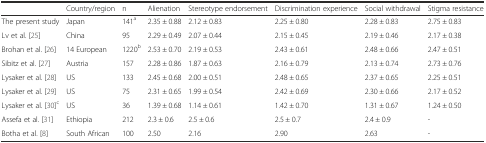
<table><thead><tr><td></td><td><b>Country/region</b></td><td><b>n</b></td><td><b>Alienation</b></td><td><b>Stereotype endorsement</b></td><td><b>Discrimination experience</b></td><td><b>Social withdrawal</b></td><td><b>Stigma resistance</b></td></tr></thead><tbody><tr><td>The present study</td><td>Japan</td><td>141<sup>a</sup></td><td>2.35 ± 0.88</td><td>2.12 ± 0.83</td><td>2.25 ± 0.80</td><td>2.28 ± 0.83</td><td>2.75 ± 0.83</td></tr><tr><td>Lv et al. [25]</td><td>China</td><td>95</td><td>2.29 ± 0.49</td><td>2.07 ± 0.44</td><td>2.15 ± 0.45</td><td>2.19 ± 0.46</td><td>2.17 ± 0.38</td></tr><tr><td>Brohan et al. [26]</td><td>14 European</td><td>1220<sup>b</sup></td><td>2.53 ± 0.70</td><td>2.19 ± 0.53</td><td>2.43 ± 0.61</td><td>2.48 ± 0.66</td><td>2.47 ± 0.51</td></tr><tr><td>Sibitz et al. [27]</td><td>Austria</td><td>157</td><td>2.28 ± 0.86</td><td>1.87 ± 0.63</td><td>2.16 ± 0.79</td><td>2.13 ± 0.74</td><td>2.73 ± 0.76</td></tr><tr><td>Lysaker et al. [28]</td><td>US</td><td>133</td><td>2.45 ± 0.68</td><td>2.00 ± 0.51</td><td>2.48 ± 0.65</td><td>2.37 ± 0.65</td><td>2.25 ± 0.51</td></tr><tr><td>Lysaker et al. [29]</td><td>US</td><td>75</td><td>2.31 ± 0.65</td><td>1.99 ± 0.54</td><td>2.42 ± 0.69</td><td>2.30 ± 0.66</td><td>2.17 ± 0.52</td></tr><tr><td>Lysaker et al. [30]<sup>c</sup></td><td>US</td><td>36</td><td>1.39 ± 0.68</td><td>1.14 ± 0.61</td><td>1.42 ± 0.70</td><td>1.31 ± 0.67</td><td>1.24 ± 0.50</td></tr><tr><td>Assefa et al. [31]</td><td>Ethiopia</td><td>212</td><td>2.3 ± 0.6</td><td>2.5 ± 0.6</td><td>2.5 ± 0.7</td><td>2.4 ± 0.9</td><td>-</td></tr><tr><td>Botha et al. [8]</td><td>South African</td><td>100</td><td>2.50</td><td>2.16</td><td>2.90</td><td>2.63</td><td>-</td></tr></tbody></table>